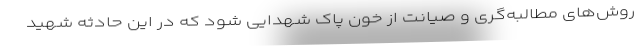
روش‌های مطالبه‌گری و صیانت از خون پاک شهدایی شود که در این حادثه شهید